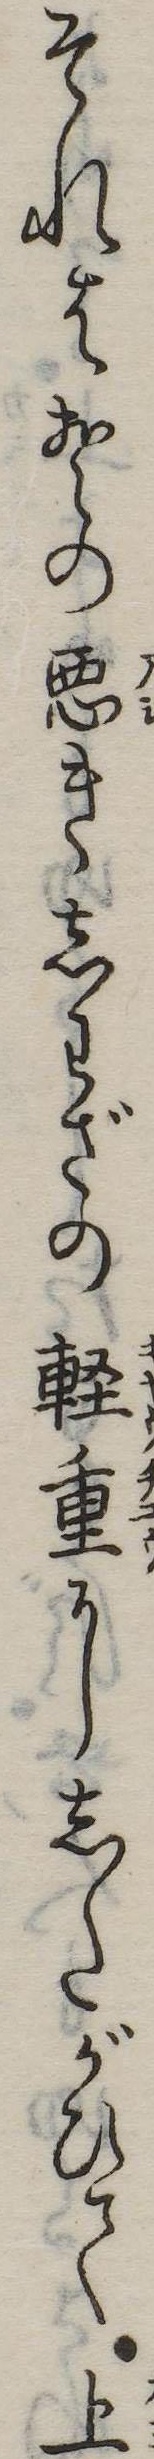
それはその悪きしわざの軽重にしたがひて上